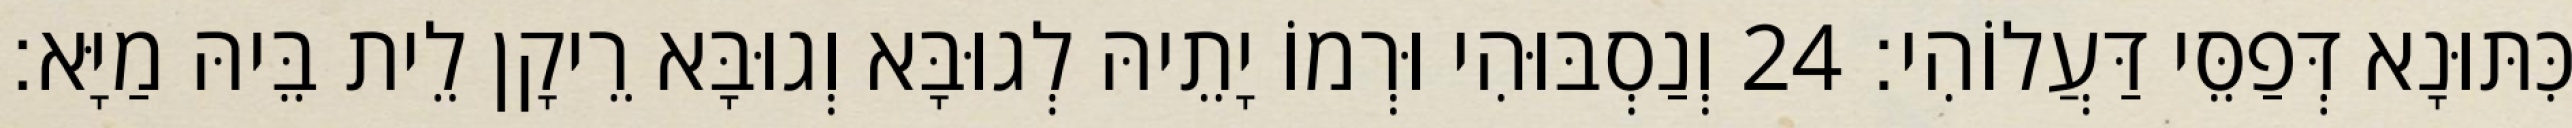
כִּתּוּנָא דְּפַסֵּי דַּעֲלוֹהִי׃ 24 וְנַסְבּוּהִי וּרְמוֹ יָתֵיהּ לְגוּבָּא וְגוּבָּא רֵיקָן לֵית בֵּיהּ מַיָּא׃